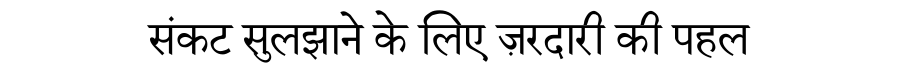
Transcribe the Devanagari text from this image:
संकट सुलझाने के लिए ज़रदारी की पहल